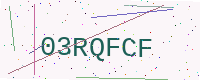
Text: 03RQFCF